Report on plague and inoculation in the Punjab from October 1st ... to September 30th..., being the ... season of plague in the province
Disease focus: Plague
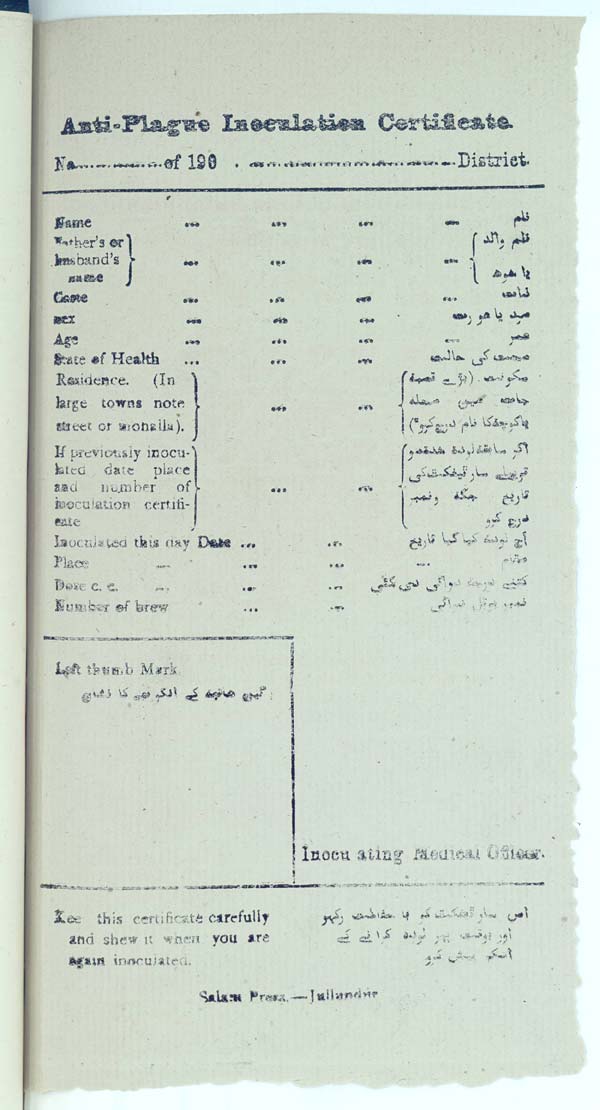
Anti-Plague Inoculation Certificate.
Na.................................. of 190 ................................. District.
Name
Father's or
husband's
name
Caste
Sex
Age
State of Health
Residence. (In
large towns note
street or mohalla).
If previously inoculated
date place
and
number
of
inoculation certiticate
Inoculated this day Date
Place
Date c. c.
Number of brew
Left thumb Mark
Inoculating Medical Officer.
Keep this certificate carefully
and show it when you are
again
inoculated.
Salam Press.—Jullandur